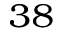
^ { 3 8 }